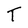
Character: T